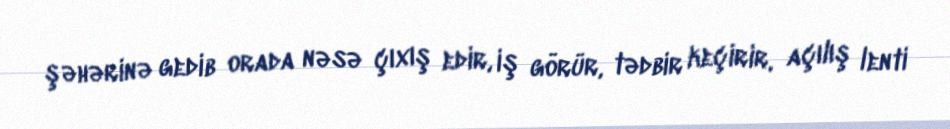
şəhərinə gedib orada nəsə çıxış edir, iş görür, tədbir keçirir, açılış lenti